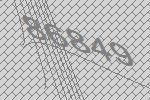
86849